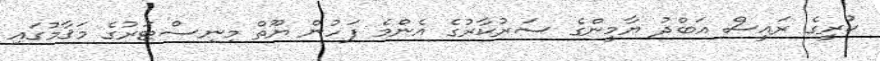
ކުރީގެ ރައީސް އަބްދު ޔާމީންގެ ސަރުކާރުގެ އެންމެ ފަހުން ޔޫތް މިނިސްޓަރުގެ މަޤާމުގައި